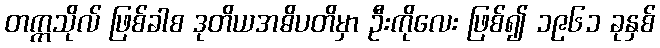
တက္ကသိုလ် ဖြစ်ခါစ ဒုတိယအဓိပတိမှာ ဦးကိုလေး ဖြစ်၍ ၁၉၆၁ ခုနှစ်